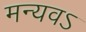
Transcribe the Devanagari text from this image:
मन्यवऽ